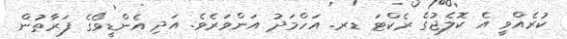
ކުރެއްވީ އެ ކޮލެޖުގެ ރެކްޓަ ޑރ. އަހްމަދު އަންވަރެވެ. އަދި އެންޑީވޯގެ ފަރާތުން